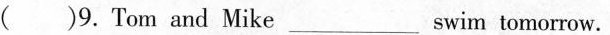
( )9. Tom and Mike___ swim tomorrow.